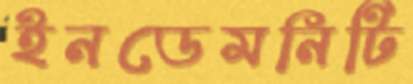
ইনডেমনিটি